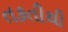
તકતીથી